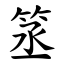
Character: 䇰